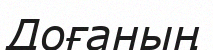
Доғаның